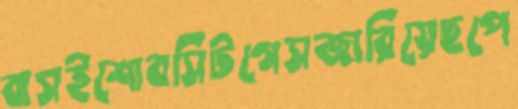
বাসইশোবসিটগেসজারিয়েছপে